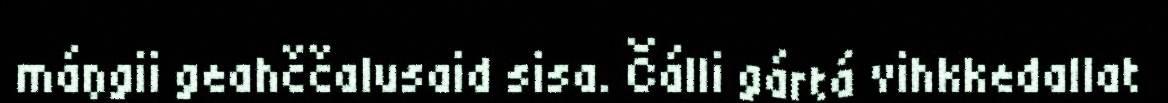
máŋgii geahččalusaid sisa. Čálli gártá vihkkedallat